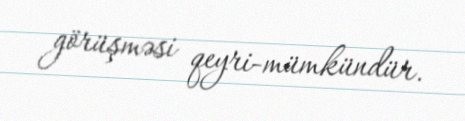
görüşməsi qeyri-mümkündür.